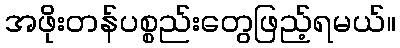
အဖိုးတန်ပစ္စည်းတွေဖြည့်ရမယ်။